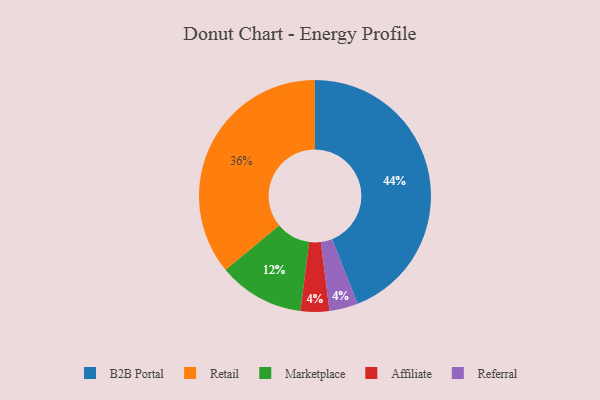
{"axis": {"x": "Category", "y": "Percentage"}, "legend": ["Affiliate", "B2B Portal", "Marketplace", "Referral", "Retail"], "data": [{"x": "Affiliate", "y": 4, "type": "Affiliate"}, {"x": "B2B Portal", "y": 44, "type": "B2B Portal"}, {"x": "Referral", "y": 4, "type": "Referral"}, {"x": "Retail", "y": 36, "type": "Retail"}, {"x": "Marketplace", "y": 12, "type": "Marketplace"}]}